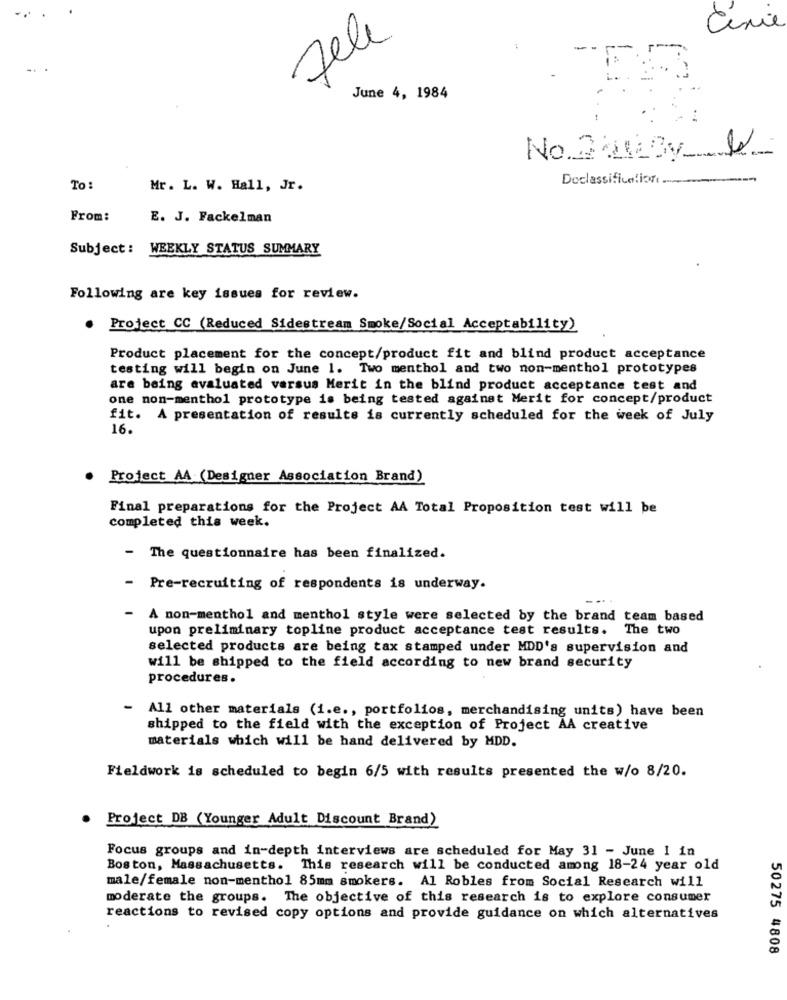
Cinie
Fele
June 4, 1984
No 2003y 1
Doclassification
To:
Mr. L. W. Hall, Jr.
From:
E. J. Fackelman
Subject :
WEEKLY STATUS SUMMARY
Following are key issues for review.
.
Project CC (Reduced Sidestream Smoke/Social Acceptability)
Product placement for the concept/product fit and blind product acceptance
testing will begin on June 1. Two menthol and two non-menthol prototypes
are being evaluated versus Merit in the blind product acceptance test and
one non-menthol prototype is being tested against Merit for concept/product
fit. A presentation of results is currently scheduled for the week of July
16.
Project AA (Designer Association Brand)
Final preparations for the Project AA Total Proposition test will be
completed this week.
- The questionnaire has been finalized.
- Pre-recruiting of respondents is underway.
-
A non-menthol and menthol style were selected by the brand team based
upon preliminary topline product acceptance test results. The two
selected products are being tax stamped under MDD's supervision and
will be shipped to the field according to new brand security
procedures.
-
All other materials (i.e ., portfolios, merchandising units) have been
shipped to the field with the exception of Project AA creative
materials which will be hand delivered by MDD.
Fieldwork is scheduled to begin 6/5 with results presented the w/o 8/20.
Project DB (Younger Adult Discount Brand)
Focus groups and in-depth interviews are scheduled for May 31 - June 1 in
Boston, Massachusetts. This research will be conducted among 18-24 year old
male/female non-menthol 85mm smokers. Al Robles from Social Research will
moderate the groups. The objective of this research is to explore consumer
reactions to revised copy options and provide guidance on which alternatives
.
50275 4808